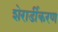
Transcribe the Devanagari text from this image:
शेरार्डीकरण